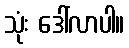
သုံး ဒေါ်လာပါ။